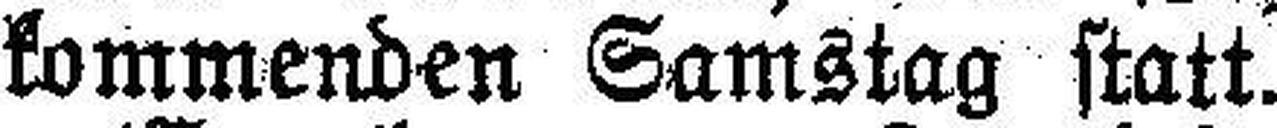
kommenden Samstag statt.